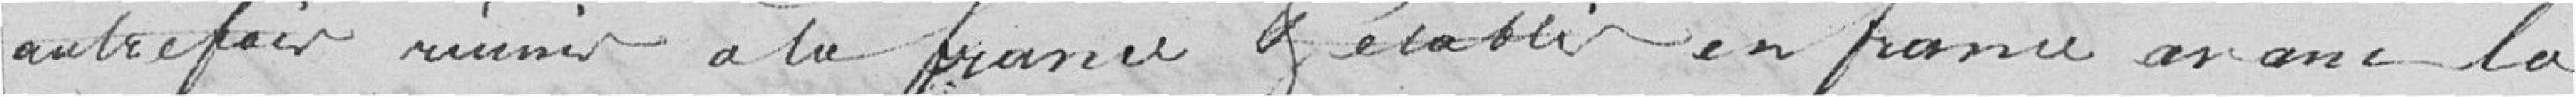
Autrefois réunis à la